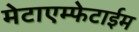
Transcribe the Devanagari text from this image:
मेटाएम्फेटाईम